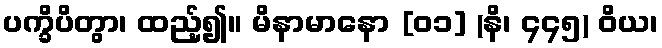
ပက္ခိပိတွာ၊ ထည့်၍။ မိနာမာနော [၀၁] (နိ၊ ၄၄၅) ဝိယ၊